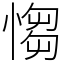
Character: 㥮